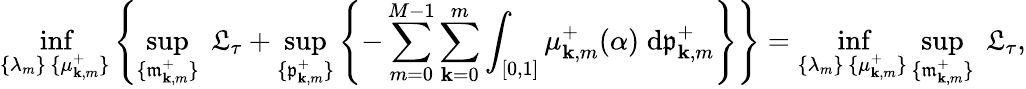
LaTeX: \operatorname*{inf}_{\substack{\{ \lambda_{m}\} \, \{ \mu_{\mathbf{k},m}^{+}\} }}\left\{ \operatorname*{sup}_{\{ \mathfrak{{m}}_{\mathbf{k},m}^{+}\} }\; \mathfrak{{L}}_{\tau}+\operatorname*{sup}_{\{ \mathfrak{{p}}_{\mathbf{k},m}^{+}\} }\left\{ -\sum_{m=0}^{M-1}\sum_{\mathbf{k}=0}^{m}\int_{[0,1]}\mu_{\mathbf{k},m}^{+}(\alpha)\; \mathrm{{d}}\mathfrak{{p}}_{\mathbf{k},m}^{+}\right\} \right\} =\operatorname*{inf}_{\substack{\{ \lambda_{m}\} \, \{ \mu_{\mathbf{k},m}^{+}\} }}\operatorname*{sup}_{\{ \mathfrak{{m}}_{\mathbf{k},m}^{+}\} }\; \mathfrak{{L}}_{\tau},